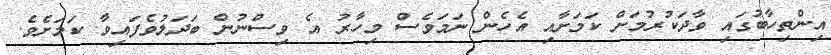
އިންތިހާބުގައި ވާދަކުރުމަށް ކަމަށާއި އެހެން ނަމަވެސް މިހާރު އެ ވިސްނުން ބަދަލުވެފައިވާ ކަމަށެވެ.